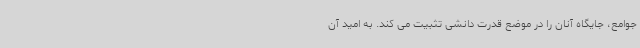
جوامع، جایگاه آنان را در موضع قدرت دانشی تثبیت می کند. به امید آن